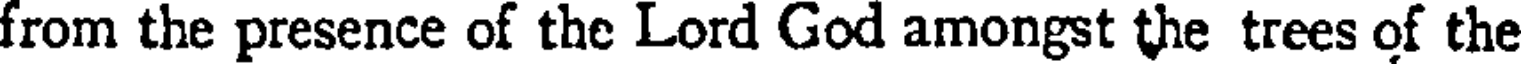
from the presence of the Lord God amongst the trees of the